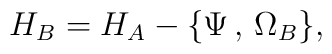
H_B = H_A - \{ \Psi\,,\,\Omega_B \} ,